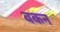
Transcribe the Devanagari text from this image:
वकन